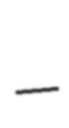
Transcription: –